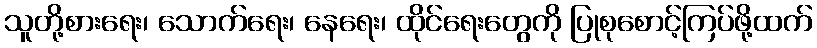
သူတို့စားရေး၊ သောက်ရေး၊ နေရေး၊ ထိုင်ရေးတွေကို ပြုစုစောင့်ကြပ်ဖို့ထက်